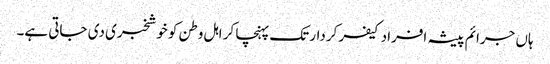
ہاں جرائم پیشہ افراد کیفر کردار تک پہنچا کر اہل وطن کو خوشخبری دی جاتی ہے۔